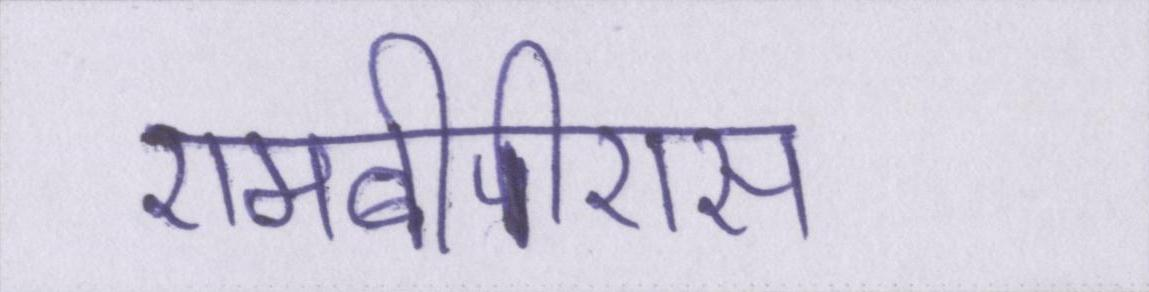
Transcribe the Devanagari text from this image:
एमबीपीएस